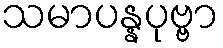
သမာပန္နပုဗ္ဗာ